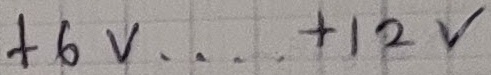
Text: +6V....+12V